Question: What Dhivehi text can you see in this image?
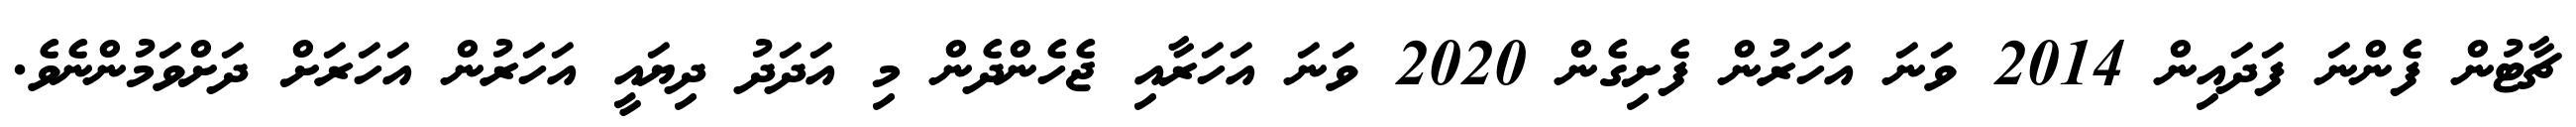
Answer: ޗާޓުން ފެންނަ ފަދައިން 2014 ވަނަ އަހަރުން ފެށިގެން 2020 ވަނަ އަހަރާއި ޖެހެންދެން މި އަދަދު ދިޔައީ އަހަރުން އަހަރަށް ދަށްވަމުންނެވެ.